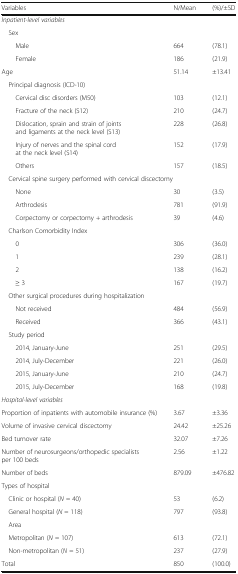
<table><thead><tr><td><b>Variables</b></td><td><b>N/Mean</b></td><td><b>(%)/±SD</b></td></tr></thead><tbody><tr><td colspan="3"><i>Inpatient-level variables</i></td></tr><tr><td colspan="3"> Sex</td></tr><tr><td>Male</td><td>664</td><td>(78.1)</td></tr><tr><td>Female</td><td>186</td><td>(21.9)</td></tr><tr><td>Age</td><td>51.14</td><td>±13.41</td></tr><tr><td colspan="3"> Principal diagnosis (ICD-10)</td></tr><tr><td>Cervical disc disorders (M50)</td><td>103</td><td>(12.1)</td></tr><tr><td>Fracture of the neck (S12)</td><td>210</td><td>(24.7)</td></tr><tr><td>Dislocation, sprain and strain of joints and ligaments at the neck level (S13)</td><td>228</td><td>(26.8)</td></tr><tr><td>Injury of nerves and the spinal cord at the neck level (S14)</td><td>152</td><td>(17.9)</td></tr><tr><td>Others</td><td>157</td><td>(18.5)</td></tr><tr><td colspan="3"> Cervical spine surgery performed with cervical discectomy</td></tr><tr><td>None</td><td>30</td><td>(3.5)</td></tr><tr><td>Arthrodesis</td><td>781</td><td>(91.9)</td></tr><tr><td>Corpectomy or corpectomy + arthrodesis</td><td>39</td><td>(4.6)</td></tr><tr><td colspan="3"> Charlson Comorbidity Index</td></tr><tr><td>0</td><td>306</td><td>(36.0)</td></tr><tr><td>1</td><td>239</td><td>(28.1)</td></tr><tr><td>2</td><td>138</td><td>(16.2)</td></tr><tr><td>≥ 3</td><td>167</td><td>(19.7)</td></tr><tr><td colspan="3"> Other surgical procedures during hospitalization</td></tr><tr><td>Not received</td><td>484</td><td>(56.9)</td></tr><tr><td>Received</td><td>366</td><td>(43.1)</td></tr><tr><td colspan="3"> Study period</td></tr><tr><td>2014, January-June</td><td>251</td><td>(29.5)</td></tr><tr><td>2014, July-December</td><td>221</td><td>(26.0)</td></tr><tr><td>2015, January-June</td><td>210</td><td>(24.7)</td></tr><tr><td>2015, July-December</td><td>168</td><td>(19.8)</td></tr><tr><td colspan="3"><i>Hospital-level variables</i></td></tr><tr><td>Proportion of inpatients with automobile insurance (%)</td><td>3.67</td><td>±3.36</td></tr><tr><td>Volume of invasive cervical discectomy</td><td>24.42</td><td>±25.26</td></tr><tr><td>Bed turnover rate</td><td>32.07</td><td>±7.26</td></tr><tr><td>Number of neurosurgeons/orthopedic specialists per 100 beds</td><td>2.56</td><td>±1.22</td></tr><tr><td>Number of beds</td><td>879.09</td><td>±476.82</td></tr><tr><td colspan="3">Types of hospital</td></tr><tr><td> Clinic or hospital (<i>N</i> = 40)</td><td>53</td><td>(6.2)</td></tr><tr><td> General hospital (<i>N</i> = 118)</td><td>797</td><td>(93.8)</td></tr><tr><td colspan="3"> Area</td></tr><tr><td> Metropolitan (<i>N</i> = 107)</td><td>613</td><td>(72.1)</td></tr><tr><td> Non-metropolitan (<i>N</i> = 51)</td><td>237</td><td>(27.9)</td></tr><tr><td>Total</td><td>850</td><td>(100.0)</td></tr></tbody></table>